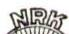
NRK